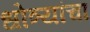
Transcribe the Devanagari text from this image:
धोत्र्यांचा